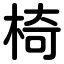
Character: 椅